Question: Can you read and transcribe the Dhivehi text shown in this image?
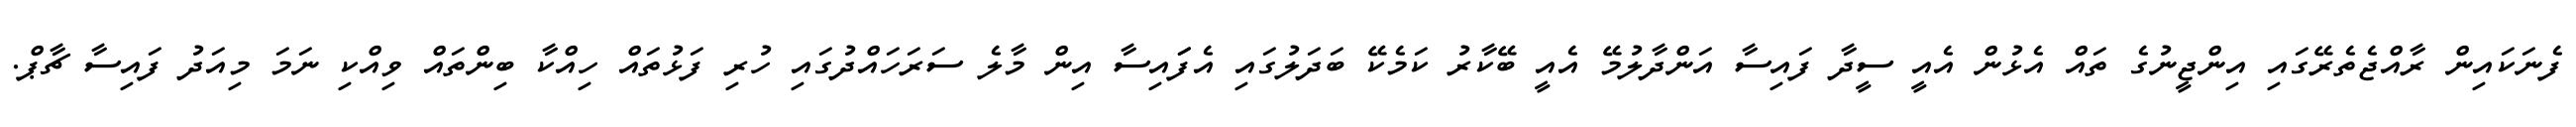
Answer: ފެނަކައިން ރާއްޖެތެރޭގައި އިންޖީނުގެ ތައް އެޅުން އެއީ ސީދާ ފައިސާ އަންދާލުމޭ އެއީ ބޭކާރު ކަމެކޭ ބަދަލުގައި އެފަައިސާ އިން މާލެ ސަރަހައްދުގައި ހުރި ފަޅުތައް ހިއްކާ ބިންތައް ވިއްކި ނަމަ މިއަދު ފައިސާ ޗާޕް.